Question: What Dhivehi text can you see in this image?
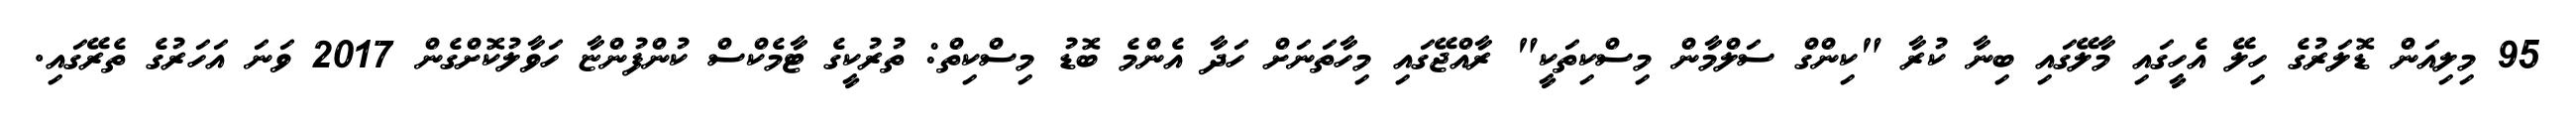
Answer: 95 މިލިއަން ޑޮލަރުގެ ހިލޭ އެހީގައި މާލޭގައި ބިނާ ކުރާ "ކިންގް ސަލްމާން މިސްކިތަކީ" ރާއްޖޭގައި މިހާތަނަށް ހަދާ އެންމެ ބޮޑު މިސްކިތް: ތުރުކީގެ ޓާމެކްސް ކުންފުންޏާ ހަވާލުކޮށްގެން 2017 ވަނަ އަހަރުގެ ތެރޭގައި.